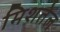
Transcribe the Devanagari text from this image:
मिशतेल